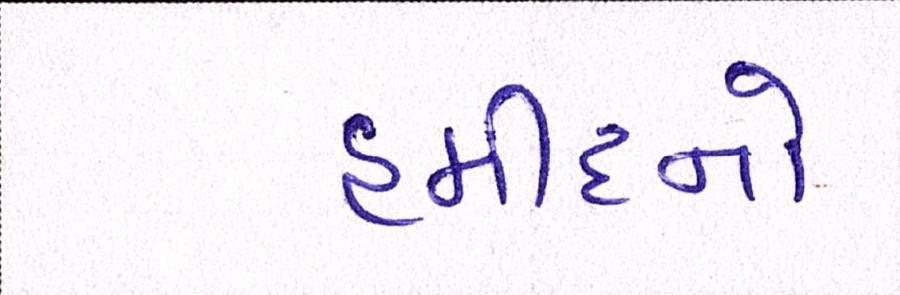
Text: હમીદનો